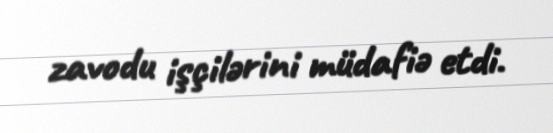
zavodu işçilərini müdafiə etdi.